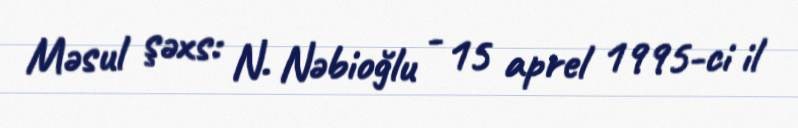
Məsul şəxs: N. Nəbioğlu - 15 aprel 1995-ci il